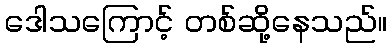
ဒေါသကြောင့် တစ်ဆို့နေသည်။